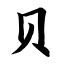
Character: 贝